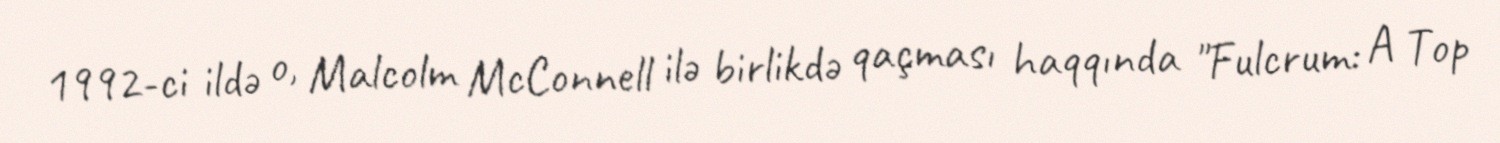
1992-ci ildə o, Malcolm McConnell ilə birlikdə qaçması haqqında "Fulcrum: A Top